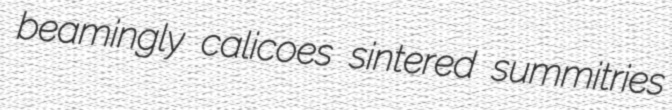
beamingly calicoes sintered summitries